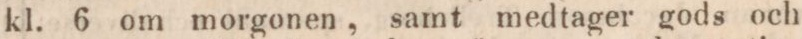
kl. 6 om morgonen, samt medtager gods och